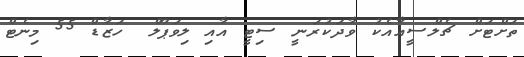
ތަށްޓަށް ޗެލްސީއާއެކު ވާދަކުރަނީ ސިޓީ އާއި ލިވަޕޫލް  ހަޒާޑް 55 މިނެޓް